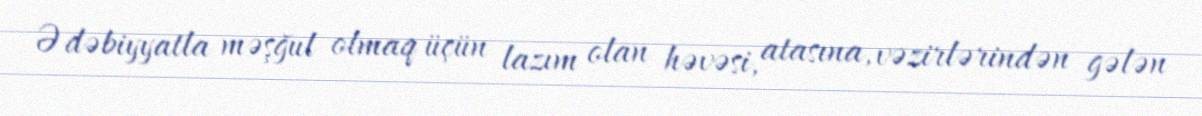
Ədəbiyyatla məşğul olmaq üçün lazım olan həvəsi, atasına, vəzirlərindən gələn